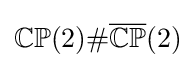
\mathbb {CP} (2)\#{\overline {\mathbb {CP} }}(2)